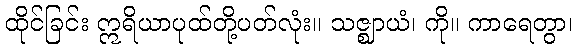
ထိုင်ခြင်း ဣရိယာပုထ်တို့ပတ်လုံး။ သဇ္ဈာယံ၊ ကို။ ကာရေတွာ၊